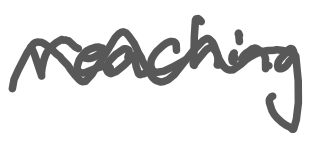
Text: reaching
Cross-out: mix
Writing tool: digital_gray